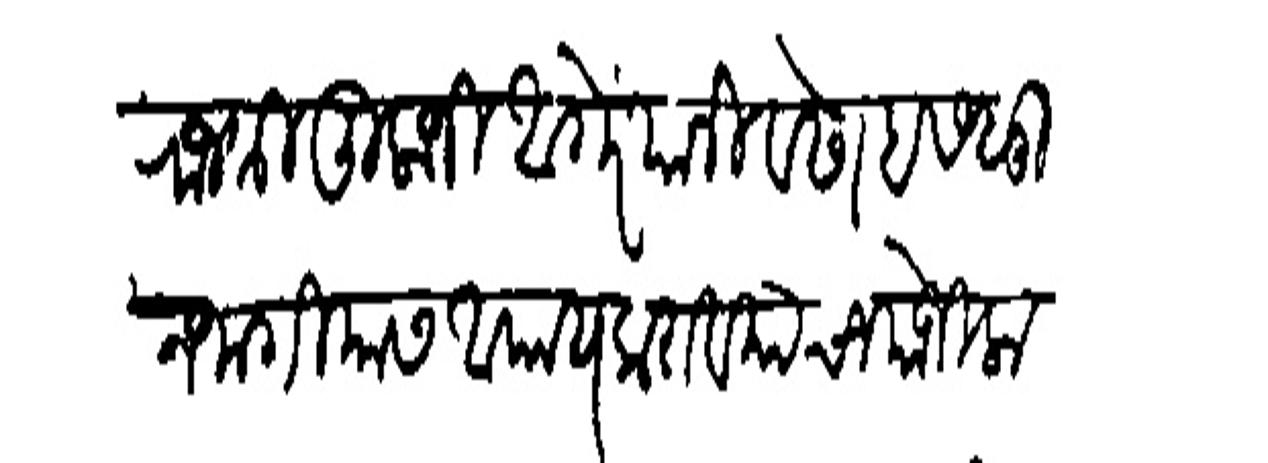
Transliteration (Devanagari): राजश्री तुलाजी आंगरे यानी वेढा बसवून जागियास आपाय करावयाचा योजिला